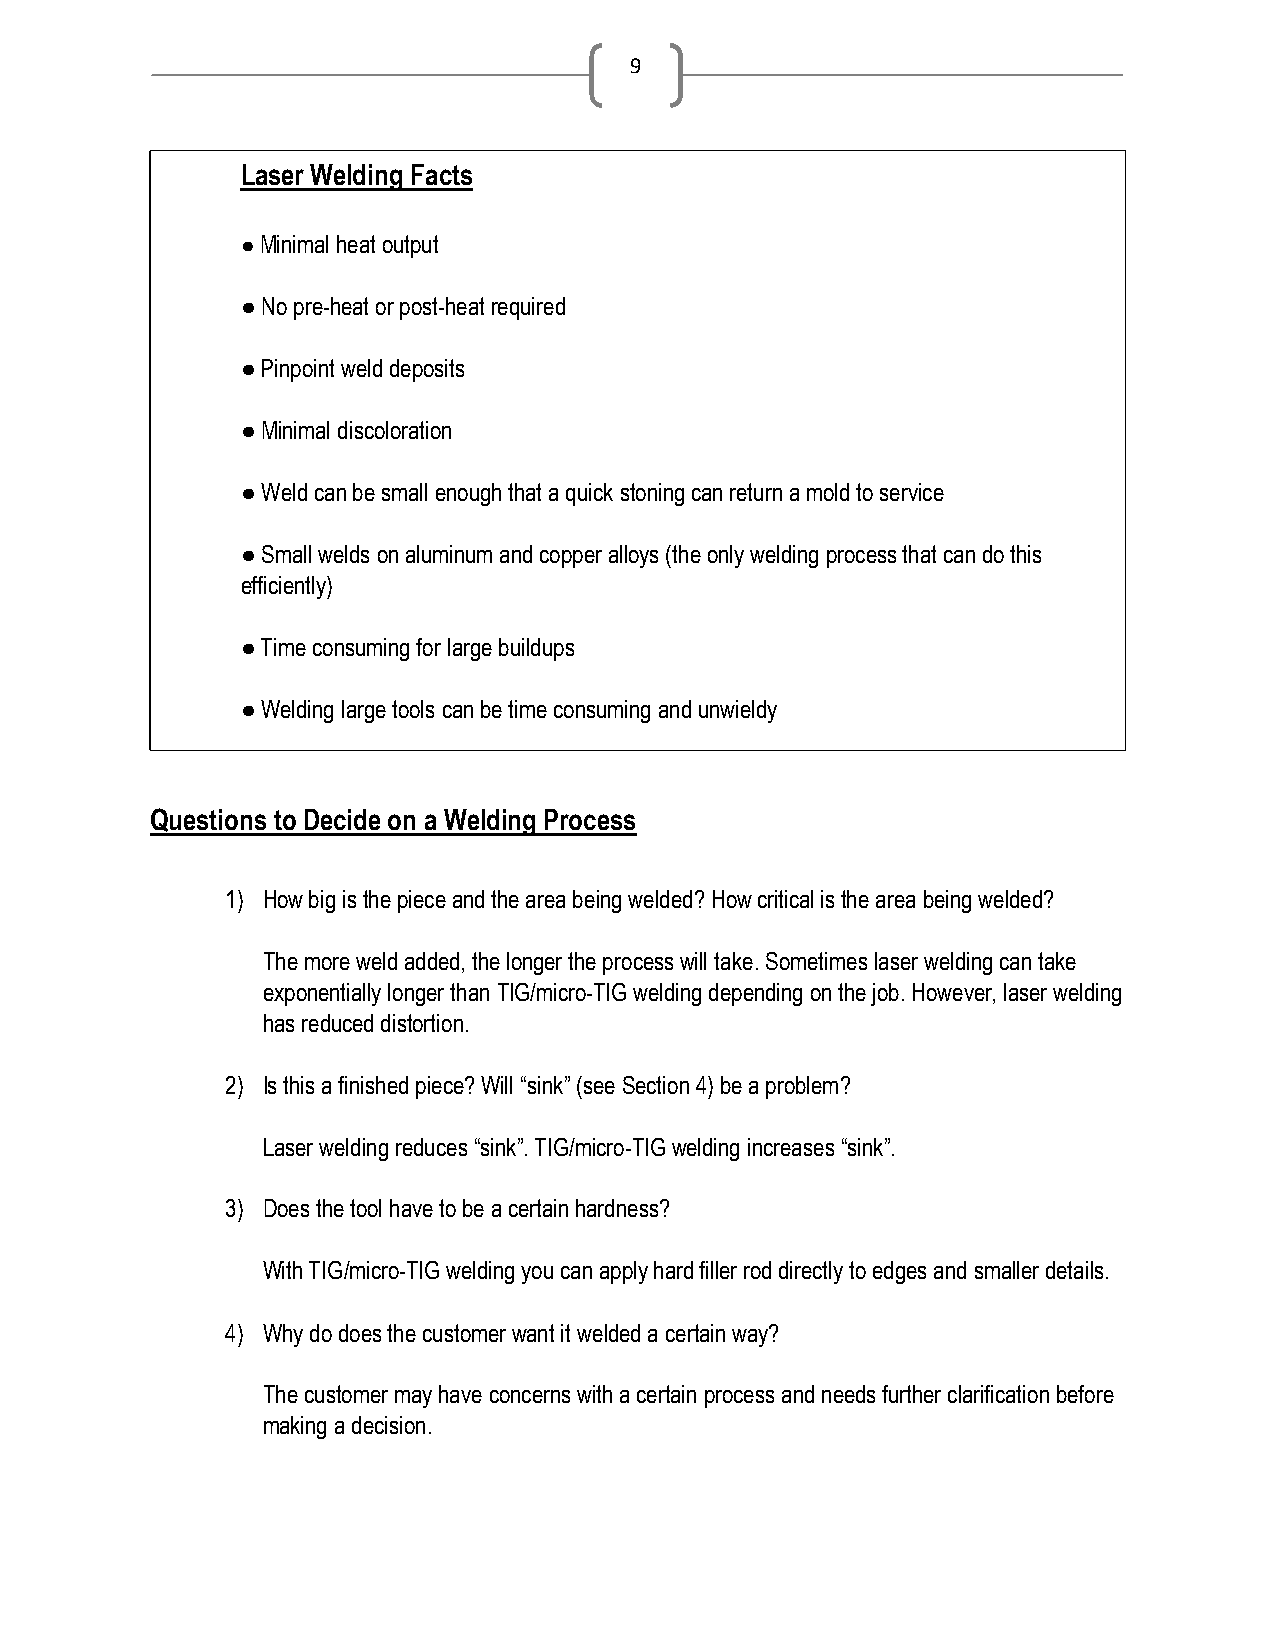
9
 Laser Welding Facts
 ● Minimal heat output
 ● No pre-heat or post-heat required
 ● Pinpoint weld deposits
 ● Minimal discoloration
 ● Weld can be small enough that a quick stoning can return a mold to service
 ● Small welds on aluminum and copper alloys (the only welding process that can do this
 efficiently)
 ● Time consuming for large buildups
 ● Welding large tools can be time consuming and unwieldy
 Questions to Decide on a Welding Process
 1) How big is the piece and the area being welded? How critical is the area being welded?
 The more weld added, the longer the process will take. Sometimes laser welding can take
 exponentially longer than TIG/micro-TIG welding depending on the job. However, laser welding
 has reduced distortion.
 2) Is this a finished piece? Will “sink” (see Section 4) be a problem?
 Laser welding reduces “sink”. TIG/micro-TIG welding increases “sink”.
 3) Does the tool have to be a certain hardness?
 With TIG/micro-TIG welding you can apply hard filler rod directly to edges and smaller details.
 4) Why do does the customer want it welded a certain way?
 The customer may have concerns with a certain process and needs further clarification before
 making a decision.